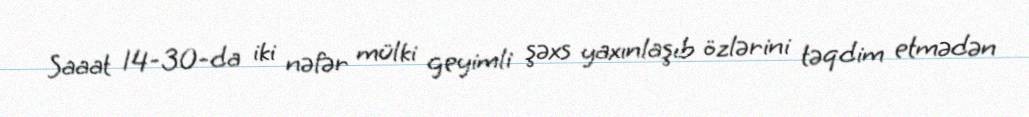
Saaat 14-30-da iki nəfər mülki geyimli şəxs yaxınlaşıb özlərini təqdim etmədən